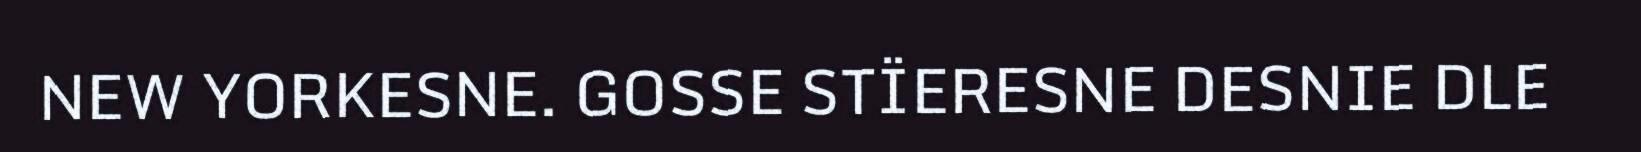
NEW YORKESNE. GOSSE STÏERESNE DESNIE DLE